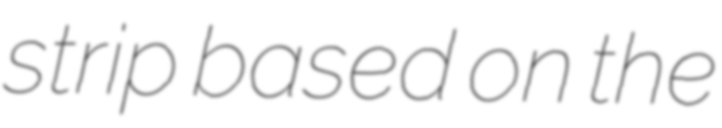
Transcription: strip based on the